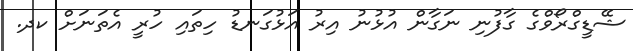
ޝޭޑީގްރޯވްގެ ގާފުނި ނަގާން އުޅުނު އިރު އަޅުގަނޑު ހިތައި ހުރީ އެތަނަށް ކދ.